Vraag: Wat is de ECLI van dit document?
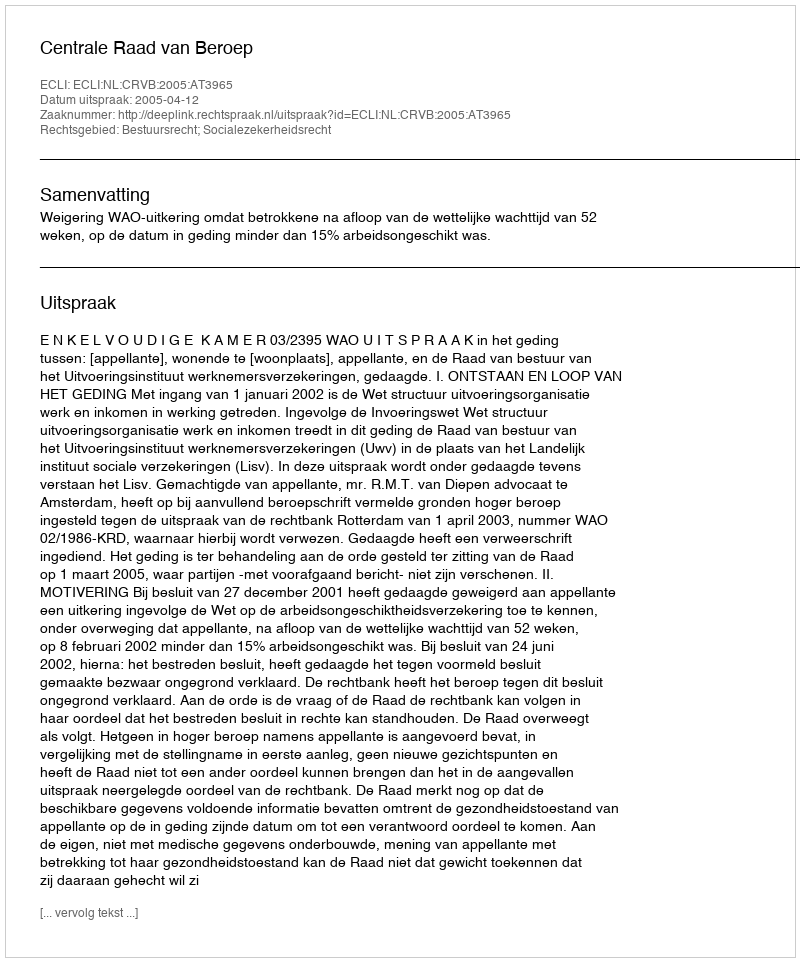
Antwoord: ECLI:NL:CRVB:2005:AT3965